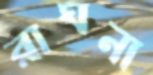
রাঘনা